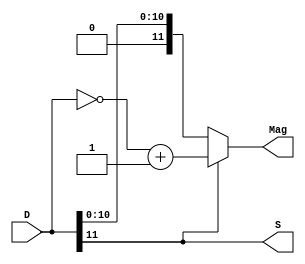
`timescale 1ns / 1ps
//////////////////////////////////////////////////////////////////////////////////
// Company: 
// Engineer: 
// 
// Design Name: 
// Module Name:    TCtoSM 
// Project Name: 
// Target Devices: 
// Tool versions: 
// Description: 
//
// Dependencies: 
//
// Revision: 
// Revision 0.01 - File Created
// Additional Comments: 
//
//////////////////////////////////////////////////////////////////////////////////
module TCtoSM(
    //Inputs
    D,
    //Outputs
    S, Mag
);    

    input [11:0] D;
    output S;
    output [11:0] Mag;
    
    reg [11:0] Mag1;
        
    always @* begin
    if (D[11])
            Mag1 = ~D + 12'b1;
    else
            Mag1 = D;
    end
    
    assign S = D[11];
    assign Mag = Mag1;
    
endmodule